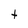
Character: t